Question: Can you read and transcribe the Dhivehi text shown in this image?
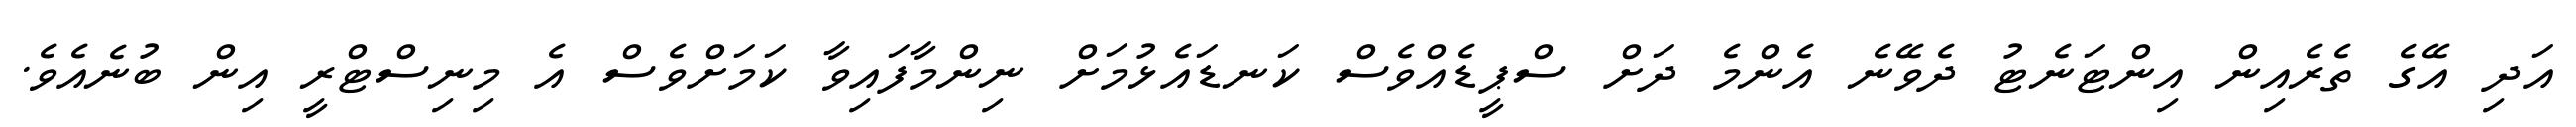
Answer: އަދި އޭގެ ތެރެއިން އިންޓަނެޓު ދެވޭނެ އެންމެ ދަށް ސްޕީޑެއްވެސް ކަނޑައެޅުމަށް ނިންމާފައިވާ ކަމަށްވެސް އެ މިނިސްޓްރީ އިން ބުނެއެވެ.